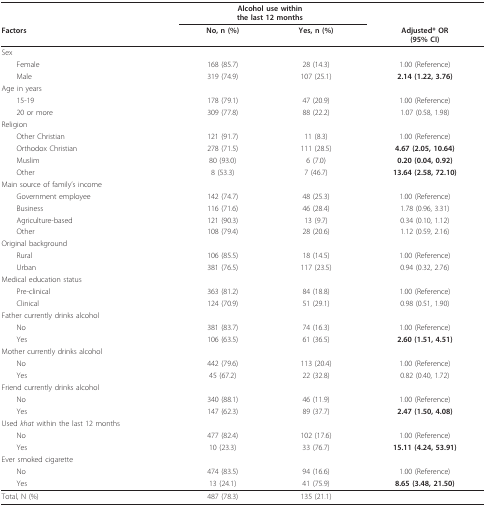
<table><thead><tr><td></td><td colspan="2"><b>Alcohol use withinthe last 12 months</b></td><td></td></tr><tr><td><b>Factors</b></td><td><b>No, n (%)</b></td><td><b>Yes, n (%)</b></td><td><b>Adjusted* OR(95% CI)</b></td></tr></thead><tbody><tr><td>Sex</td><td></td><td></td><td></td></tr><tr><td> Female</td><td>168 (85.7)</td><td>28 (14.3)</td><td>1.00 (Reference)</td></tr><tr><td> Male</td><td>319 (74.9)</td><td>107 (25.1)</td><td><b>2.14 (1.22, 3.76)</b></td></tr><tr><td>Age in years</td><td></td><td></td><td></td></tr><tr><td> 15-19</td><td>178 (79.1)</td><td>47 (20.9)</td><td>1.00 (Reference)</td></tr><tr><td> 20 or more</td><td>309 (77.8)</td><td>88 (22.2)</td><td>1.07 (0.58, 1.98)</td></tr><tr><td>Religion</td><td></td><td></td><td></td></tr><tr><td> Other Christian</td><td>121 (91.7)</td><td>11 (8.3)</td><td>1.00 (Reference)</td></tr><tr><td> Orthodox Christian</td><td>278 (71.5)</td><td>111 (28.5)</td><td><b>4.67 (2.05, 10.64)</b></td></tr><tr><td> Muslim</td><td>80 (93.0)</td><td>6 (7.0)</td><td><b>0.20 (0.04, 0.92)</b></td></tr><tr><td> Other</td><td>8 (53.3)</td><td>7 (46.7)</td><td><b>13.64 (2.58, 72.10)</b></td></tr><tr><td>Main source of family&#x27;s income</td><td></td><td></td><td></td></tr><tr><td> Government employee</td><td>142 (74.7)</td><td>48 (25.3)</td><td>1.00 (Reference)</td></tr><tr><td> Business</td><td>116 (71.6)</td><td>46 (28.4)</td><td>1.78 (0.96, 3.31)</td></tr><tr><td> Agriculture-based</td><td>121 (90.3)</td><td>13 (9.7)</td><td>0.34 (0.10, 1.12)</td></tr><tr><td> Other</td><td>108 (79.4)</td><td>28 (20.6)</td><td>1.12 (0.59, 2.16)</td></tr><tr><td>Original background</td><td></td><td></td><td></td></tr><tr><td> Rural</td><td>106 (85.5)</td><td>18 (14.5)</td><td>1.00 (Reference)</td></tr><tr><td> Urban</td><td>381 (76.5)</td><td>117 (23.5)</td><td>0.94 (0.32, 2.76)</td></tr><tr><td>Medical education status</td><td></td><td></td><td></td></tr><tr><td> Pre-clinical</td><td>363 (81.2)</td><td>84 (18.8)</td><td>1.00 (Reference)</td></tr><tr><td> Clinical</td><td>124 (70.9)</td><td>51 (29.1)</td><td>0.98 (0.51, 1.90)</td></tr><tr><td>Father currently drinks alcohol</td><td></td><td></td><td></td></tr><tr><td> No</td><td>381 (83.7)</td><td>74 (16.3)</td><td>1.00 (Reference)</td></tr><tr><td> Yes</td><td>106 (63.5)</td><td>61 (36.5)</td><td><b>2.60 (1.51, 4.51)</b></td></tr><tr><td>Mother currently drinks alcohol</td><td></td><td></td><td></td></tr><tr><td> No</td><td>442 (79.6)</td><td>113 (20.4)</td><td>1.00 (Reference)</td></tr><tr><td> Yes</td><td>45 (67.2)</td><td>22 (32.8)</td><td>0.82 (0.40, 1.72)</td></tr><tr><td>Friend currently drinks alcohol</td><td></td><td></td><td></td></tr><tr><td> No</td><td>340 (88.1)</td><td>46 (11.9)</td><td>1.00 (Reference)</td></tr><tr><td> Yes</td><td>147 (62.3)</td><td>89 (37.7)</td><td><b>2.47 (1.50, 4.08)</b></td></tr><tr><td>Used <i>khat </i>within the last 12 months</td><td></td><td></td><td></td></tr><tr><td> No</td><td>477 (82.4)</td><td>102 (17.6)</td><td>1.00 (Reference)</td></tr><tr><td> Yes</td><td>10 (23.3)</td><td>33 (76.7)</td><td><b>15.11 (4.24, 53.91)</b></td></tr><tr><td>Ever smoked cigarette</td><td></td><td></td><td></td></tr><tr><td> No</td><td>474 (83.5)</td><td>94 (16.6)</td><td>1.00 (Reference)</td></tr><tr><td> Yes</td><td>13 (24.1)</td><td>41 (75.9)</td><td><b>8.65 (3.48, 21.50)</b></td></tr><tr><td>Total, N (%)</td><td>487 (78.3)</td><td>135 (21.1)</td><td></td></tr></tbody></table>